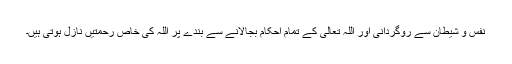
نفس و شیطان سے روگردانی اور اللہ تعالی کے تمام احکام بجالانے سے بندے پر اللہ کی خاص رحمتیں نازل ہوتی ہیں۔